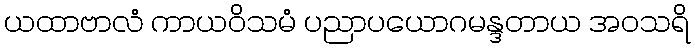
ယထာဗာလံ ကာယဝိသမံ ပညာပယောဂမန္ဒတာယ အဝသရိ